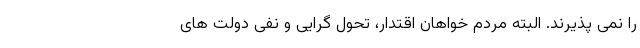
را نمی پذیرند. البته مردم خواهان اقتدار، تحول گرایی و نفی دولت های